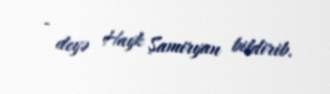
- deyə Hayk Şamiryan bildirib.